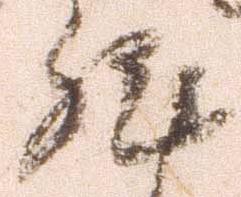
然